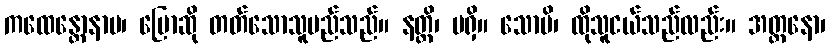
ကထေန္တောနာမ၊ ပြောဆို တတ်သောသူမည်သည်။ နတ္တိ၊ မရှိ။ သောပိ၊ ထိုသူငယ်သည်လည်း။ အတ္တနော၊